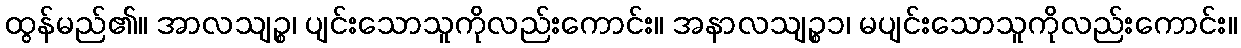
ထွန်မည်၏။ အာလသျဉ္စ၊ ပျင်းသောသူကိုလည်းကောင်း။ အနာလသျဉ္စ၁၊ မပျင်းသောသူကိုလည်းကောင်း။